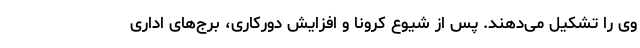
وی را تشکیل می‌دهند. پس از شیوع کرونا و افزایش دورکاری، برج‌های اداری